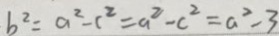
b ^ { 2 } = a ^ { 2 } - c ^ { 2 } = a ^ { 2 } - c ^ { 2 } = a ^ { 2 } - 3